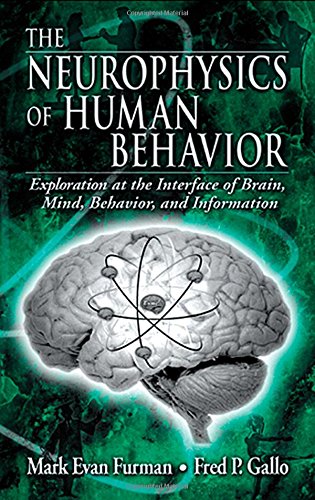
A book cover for The Neurophysics of Human Behavior: Explorations at the Interface of the Brain, Mind, Behavior, and Information; Mark E. Furman; Medical Books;